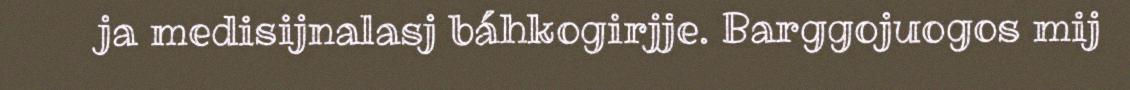
ja medisijnalasj báhkogirjje. Barggojuogos mij